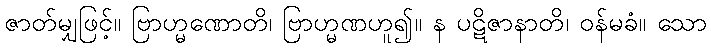
ဇာတ်မျှဖြင့်။ ဗြာဟ္မဏောတိ၊ ဗြာဟ္မဏဟူ၍။ န ပဋိဇာနာတိ၊ ဝန်မခံ။ သော